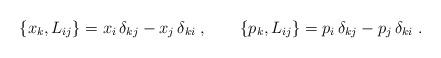
LaTeX: \begin{align*}\{ x_k, L_{ij} \} = x_i\,\delta_{kj} - x_j\,\delta_{ki}\;,\qquad\{ p_k, L_{ij} \} = p_i\,\delta_{kj} - p_j\,\delta_{ki}\;.\end{align*}